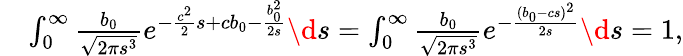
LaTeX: \begin{array}{rl}&{\int_{0}^{\infty}\frac{b_{0}}{\sqrt{2\pi s^{3}}}e^{-\frac{c^{2}}{2}s+cb_{0}-\frac{b_{0}^{2}}{2s}}\d s=\int_{0}^{\infty}\frac{b_{0}}{\sqrt{2\pi s^{3}}}e^{-\frac{(b_{0}-cs)^{2}}{2s}}\d s=1,}\end{array}